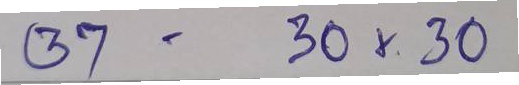
37 - 30x30